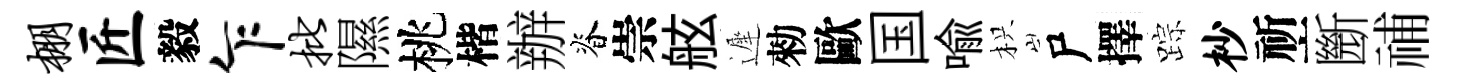
棚匠毅乍批隰桃楷辦脊崇舷遲勑歐国喩枳尸擇踪杪祈㫁𥙷